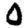
Digit: 0